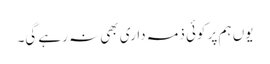
یوں ہم پر کوئی ذمہ داری بھی نہ رہے گی۔